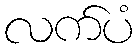
လက်ပံ